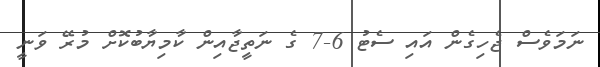
ނަމަވެސް ޖެހިގެން އައި ސެޓު 6-7 ގެ ނަތީޖާއިން ކާމިޔާބުކޮށް މުރޭ ވަނީ